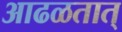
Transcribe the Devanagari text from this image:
आढळतात्